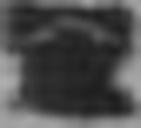
*